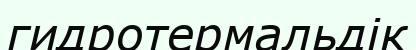
гидротермальдік